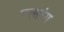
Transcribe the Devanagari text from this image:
पत्सांग